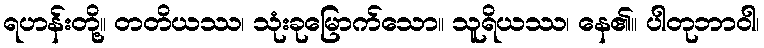
ရဟန်းတို့။ တတိယဿ၊ သုံးခုမြောက်သော။ သူရိယဿ၊ နေ၏။ ပါတုဘာဝါ၊